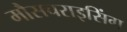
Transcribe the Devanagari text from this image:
मौसचराइसिंग